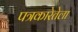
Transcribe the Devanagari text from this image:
पत्रकारेतेला